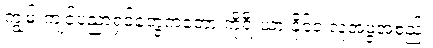
ကျွမ်းကျင်ပညာရှင်တွေကတော့ ကိုရီးယားနိုင်ငံ လူ့အဖွဲ့အစည်း